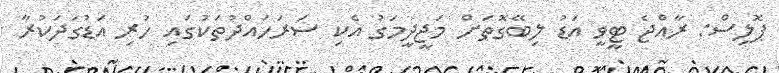
ޕޮލިސް: ރާއްޖެ ޓީވީ އަޑު ލިބޭގޮތަށް މަޖީދީމަގު އެކި ސަރަހައްދުތަކުގައި ހުރި އަޑުގަދަކުރާ